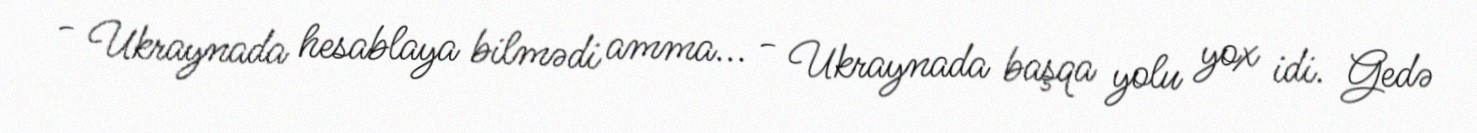
- Ukraynada hesablaya bilmədi amma... - Ukraynada başqa yolu yox idi. Gedə